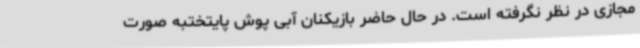
مجازی در نظر نگرفته است. در حال حاضر بازیکنان آبی پوش پایتختبه صورت